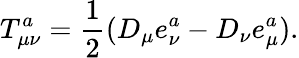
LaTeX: T_{\mu\nu}^{a}=\frac 12(D_{\mu}e_{\nu}^{a}-D_{\nu}e_{\mu}^{a}).